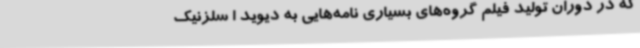
که در دوران تولید فیلم گروه‌های بسیاری نامه‌هایی به دیوید ا سلزنیک